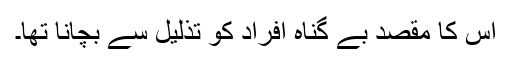
اس کا مقصد بے گناہ افراد کو تذلیل سے بچانا تھا۔